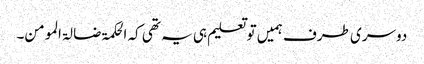
دوسری طرف ہمیں تو تعلیم ہی یہ تھی کہ الحکمۃ ضا لۃ المومن۔